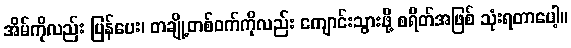
အိမ်ကိုလည်း ပြန်ပေး၊ တချို့တစ်ဝက်ကိုလည်း ကျောင်းသွားဖို့ စရိတ်အဖြစ် သုံးရတာပေါ့။